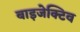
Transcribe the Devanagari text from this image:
बाइजेक्टिव